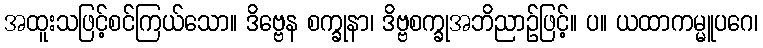
အထူးသဖြင့်စင်ကြယ်သော။ ဒိဗ္ဗေန စက္ခုနာ၊ ဒိဗ္ဗစက္ခုအဘိညာဉ်ဖြင့်။ ပ။ ယထာကမ္မူပဂေ၊